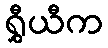
ရွှီယီက